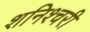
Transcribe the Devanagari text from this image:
शनिश्चरी